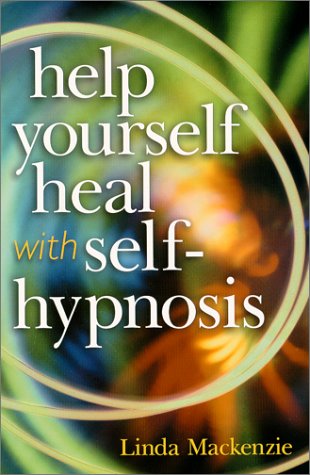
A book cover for Help Yourself Heal With Self-Hypnosis; Linda Mackenzie; Health, Fitness & Dieting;